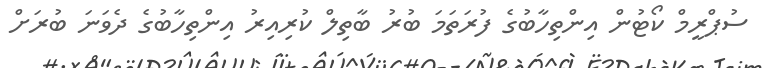
ސުޕްރީމް ކޯޓުން އިންތިހާބުގެ ފުރަތަމަ ބުރު ބާތިލް ކުރިއިރު އިންތިހާބުގެ ދެވަނަ ބުރަށް